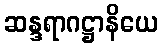
ဆန္ဒရာဂဋ္ဌာနိယေ